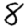
Digit: 8